Civil Veterinary Dept. Bombay admin report 1907-1913 - 1907-1913
Year: 1907
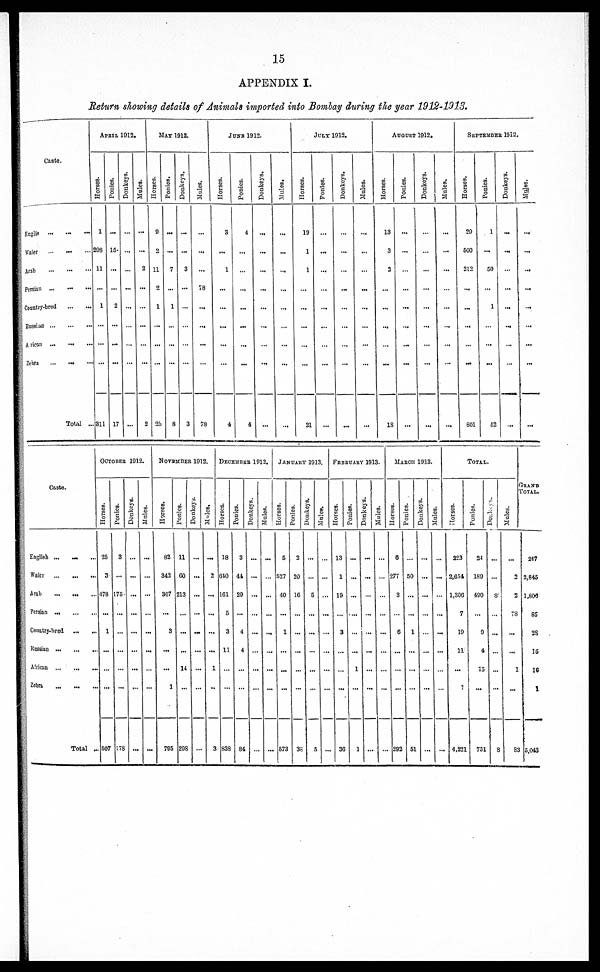
15
APPENDIX I.
Return showing details of Animals imported into Bombay during the year 1912-1913.
Caste.
Englis
...
...
...
Waler
...
...
...
Arab
...
...
...
Persian
...
...
...
Country-bred
...
...
Russian
...
...
...
Arican
...
...
...
Zebra
... ... ...
Total ...
APRIL 1912.
Horses.
1
203
11
...
1
...
...
...
311
Ponies.
...
15
...
...
2
...
...
...
17
Donkeys.
...
...
...
...
...
...
...
...
...
Mules.
...
...
2
...
...
...
...
2
Mat 1912.
noises.
9
2
11
2
1
...
...
...
25
Ponies.
...
...
7
...
1
...
...
...
8
Donkeys.
3
...
...
...
...
...
3
Mules.
...
...
...
...
...
...
...
...
78
JUNE 1912.
Horses.
3
...
1
...
...
...
...
...
4
Ponies.
4
...
...
...
...
...
...
4
Donkeys.
...
...
...
...
...
...
...
...
...
Mules.
...
...
...
...
...
...
...
...
...
July 1912.
Horses.
19
1
1
...
...
...
...
...
21
Ponies.
...
...
...
...
...
...
...
...
...
Donkeys.
...
...
...
...
...
...
...
...
...
Mules.
...
...
...
-
...
...
...
...
...
August 1912.
Horses.
13
3
2
...
...
...
...
...
18
Ponies.
...
...
...
...
...
...
...
...
...
Donkeys.
...
...
...
...
...
...
...
...
...
Mules.
...
...
...
...
...
...
...
...
...
September
1912.
Horses.
29
560
212
...
...
...
...
...
801
Ponies.
1
...
50
...
1
...
...
...
62
Donkeys.
...
...
...
...
...
...
...
...
...
Mules.
....
...
...
...
...
...
...
...
...
Caste.
English ... ... ...
Waler
...
...
...
Arab
... ... ...
Persian ...
...
...
Country-bred
...
...
Russian ... ... ...
African
...
...
...
Zebra ... ... ...
Total ...
OCTOBER 1912.
Horses.
25
3
478
...
1
...
...
...
507
Ponies.
3
...
175
...
...
...
...
...
178
Donkeys.
...
...
...
...
...
...
...
...
...
Males.
...
...
...
...
...
...
...
...
...
NOVEMBER 1912.
Horses.
82
342
367
...
3
...
...
1
705
Ponies.
11
60
213
...
...
...
14
...
298
Donkeys.
...
...
...
...
...
...
...
...
...
Mules.
...
2
...
...
...
...
1
...
3
DECEMBER 1913.
Horses.
18
640
161
5
3
11
...
...
838
Ponies.
3
44
29
...
4
4
...
...
84
Donkeys.
...
...
...
...
...
...
...
...
Mules.
...
...
...
...
...
...
...
...
JANUARY 1913.
Horses.
5
527
40
...
1
...
...
...
573
Ponies.
2
20
16
...
...
...
...
...
3S
Donkeys.
...
...
5
...
...
...
...
...
5
Mules.
...
...
...
...
...
...
...
...
...
FEBRUARY 1913.
Horses.
13
1
10
3
...
...
...
36
Ponies.
...
...
...
....
...
...
1
...
1
Donkeys.
...
...
...
...
...
...
...
...
...
Mules.
...
...
...
...
...
...
...
...
...
MARCH 1913
Horses.
6
277
3
...
6
...
...
...
292
Ponies.
...
50
...
...
1
...
...
...
51
Donkeys.
...
...
...
...
...
...
...
...
Mules.
|
...
...
...
...
...
...
...
...
TOTAL.
Horses.
223
2,654
1,300
7
19
11
...
...
4,221
Ponies.
24
180
490
...
9
4
15
...
731
Donkeys.
...
...
8
...
...
...
...
...
8
Mules.
...
2
2
78
...
...
1
...
83
GRAND
TOTAL
247
2,845
1,800
85
28
15
16
1
5,043